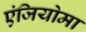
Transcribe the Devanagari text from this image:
एंजियोमा